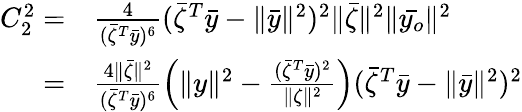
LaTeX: \begin{array}{rl}{C_{2}^{2}=}&{\frac{4}{(\bar{\zeta}^{T}\bar{y})^{6}}(\bar{\zeta}^{T}\bar{y}-\| \bar{y}\| ^{2})^{2}\| \bar{\zeta}\| ^{2}\| \bar{y_{o}}\| ^{2}}\\ {=}&{\frac{4\| \bar{\zeta}\| ^{2}}{(\bar{\zeta}^{T}\bar{y})^{6}}\left(\| y\| ^{2}-\frac{(\bar{\zeta}^{T}\bar{y})^{2}}{\| \zeta\| ^{2}}\right)(\bar{\zeta}^{T}\bar{y}-\| \bar{y}\| ^{2})^{2}}\end{array}